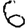
Digit: 6